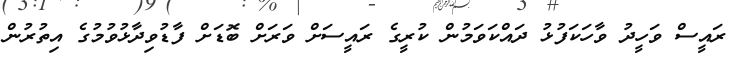
ރައީސް ވަހީދު ވާހަކަފުޅު ދައްކަވަމުން ކުރީގެ ރައީސަށް ވަރަށް ބޮޑަށް ފާޑުވިދާޅުވުމުގެ އިތުރުން